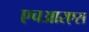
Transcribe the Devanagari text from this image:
एचआरएस